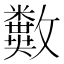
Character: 𣀱